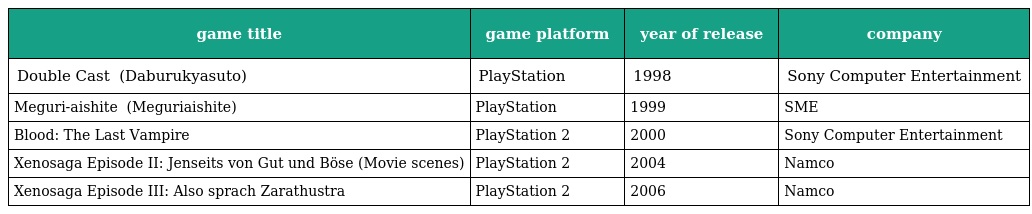
| game title | game platform | year of release | company |
 | --- | --- | --- | --- |
 | Double Cast ダブルキャスト (Daburukyasuto) | PlayStation | 1998 | Sony Computer Entertainment |
 | Meguri-aishite めぐり愛して (Meguriaishite) | PlayStation | 1999 | SME |
 | Blood: The Last Vampire | PlayStation 2 | 2000 | Sony Computer Entertainment |
 | Xenosaga Episode II: Jenseits von Gut und Böse (Movie scenes) | PlayStation 2 | 2004 | Namco |
 | Xenosaga Episode III: Also sprach Zarathustra | PlayStation 2 | 2006 | Namco |